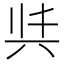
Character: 𭁈